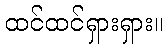
ထင်ထင်ရှားရှား။